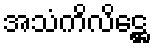
အသံကိလိဋ္ဌေ